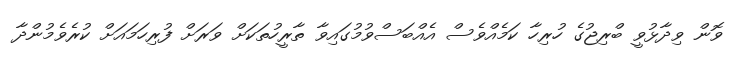
ވޮން ވިދާޅުވީ ބްރިޖުގެ ހުރިހާ ކަމެއްވެސް އެއްބަސްވުމުގައިވާ ތާރީހުތަކަށް ވަރަށް ފުރިހަމައަށް ކުރެވެމުންދާ